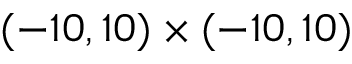
( - 1 0 , 1 0 ) \times ( - 1 0 , 1 0 )